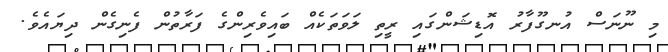
މި ނޫނަސް އުނގޫފާރު އޮޑިޝަންގައި ރީތި ލަވަތަކެއް ބައިވެރިންގެ ފަރާތުން ފެނިގެން ދިޔައެވެ.